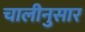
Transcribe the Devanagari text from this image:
चालीनुसार